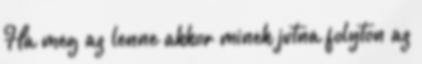
Ha meg az lenne akkor minek jutna folyton az